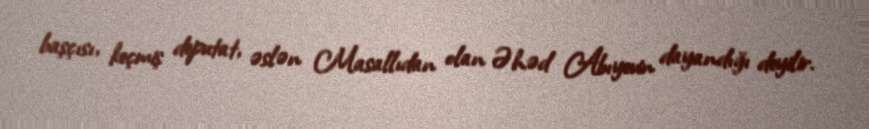
başçısı, keçmiş deputat, əslən Masallıdan olan Əhəd Abıyevin dayandığı deyilir.